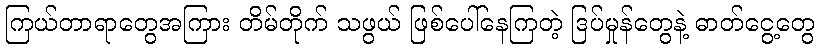
ကြယ်တာရာတွေအကြား တိမ်တိုက် သဖွယ် ဖြစ်ပေါ်နေကြတဲ့ ဒြပ်မှုန်တွေနဲ့ ဓာတ်ငွေ့တွေ